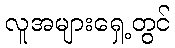
လူအများရှေ့တွင်